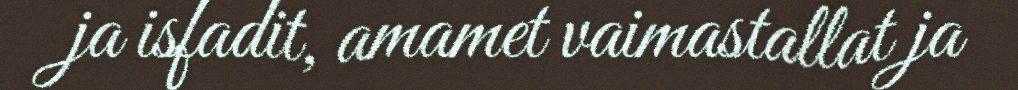
ja isfadit, amamet vaimastallat ja